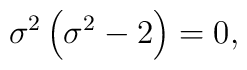
\sigma ^2\left( \sigma ^2-2\right) =0 ,